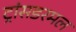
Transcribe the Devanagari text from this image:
ट्रांसडरमल